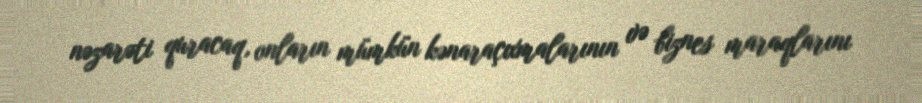
nəzarəti quracaq, onların mümkün kənaraçıxmalarının və biznes maraqlarını